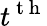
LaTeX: t^{\mathrm{~t~h~}}